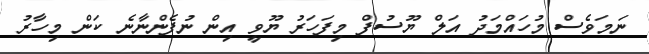
ނަމަވެސް މުހައްމަދު އަލް ޔޫސުފް މިފަހަރު ޔޫވީ އިން ނުފެންނާނެ ކަން މިހާރު